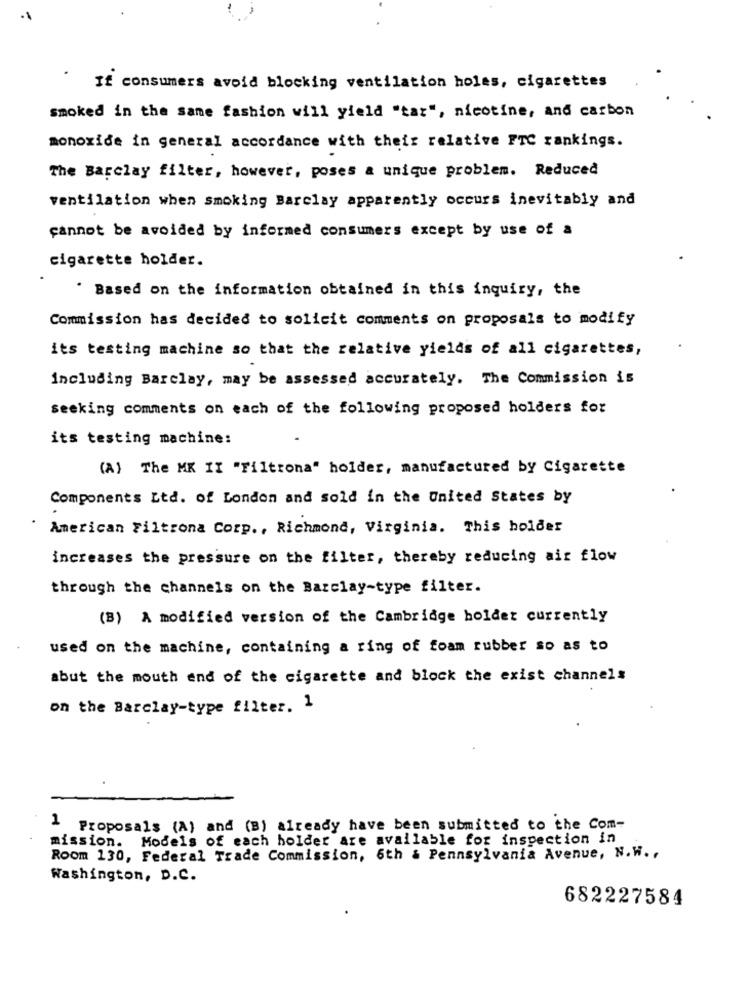
If consumers avoid blocking ventilation holes, cigarettes
smoked in the same fashion will yield "tar", nicotine, and carbon
monoxide in general accordance with their relative FTC rankings.
The Barclay filter, however, poses a unique problem. Reduced
ventilation when smoking Barclay apparently occurs inevitably and
cannot be avoided by informed consumers except by use of a
cigarette holder.
Based on the information obtained in this inquiry, the
Commission has decided to solicit comments on proposals to modify
its testing machine so that the relative yields of all cigarettes,
Including Barclay, may be assessed accurately. The Commission is
seeking comments on each of the following proposed holders for
its testing machine:
(A) The MK II "Filtrona" holder, manufactured by Cigarette
Components Ltd. of London and sold in the United States by
American Filtrona Corp ., Richmond, Virginia. This holder
increases the pressure on the filter, thereby reducing air flow
through the channels on the Barclay-type filter.
(B) A modified version of the Cambridge holdet currently
used on the machine, containing a ring of foam rubber so as to
abut the mouth end of the cigarette and block the exist channels
on the Barclay-type filter. 1
1 Proposals (A) and (B) already have been submitted to the Com-
mission. Models of each holder are available for inspection in
Room 130, Federal Trade Commission, 6th & Pennsylvania Avenue, N.W .,
Washington, D.C.
682227584